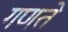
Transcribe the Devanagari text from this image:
गणते